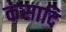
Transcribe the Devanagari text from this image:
कंसादि